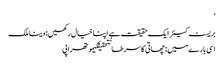
‘
بریسٹ کیئر ایک حقیقت ہے اپنا خیال رکھیں: وینا ملک
اسی بارے میں: چھاتی کا سرطانتحقیقکیموتھراپی